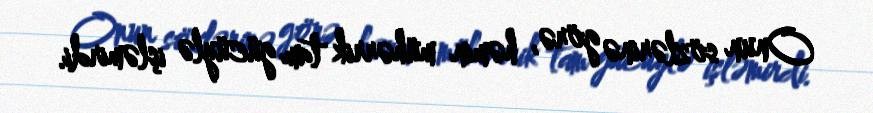
Onun sözlərinə görə, həmin mühərrik tam gücüylə işləmirdi.